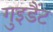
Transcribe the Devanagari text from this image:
गुइडैंट